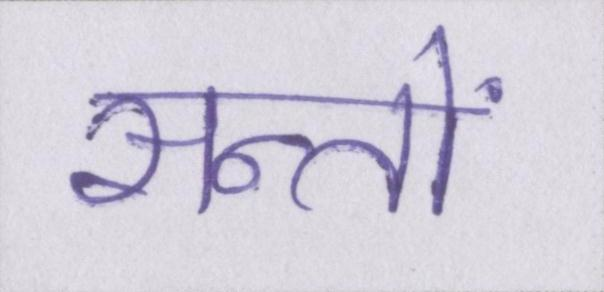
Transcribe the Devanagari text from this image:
सन्तों